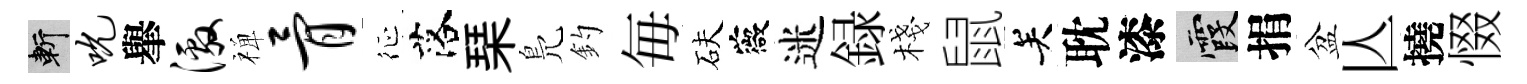
斬吮𦦙激禅骨征落琹鳬釣毎砆薇迷録棧鼠关耽漆霞捐盆亾撓惙